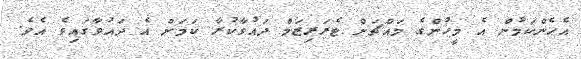
އެހެންކަމުން އެ މީހުންގެ މައްޗަށް ޓެރަރިޒަމް ދައުވާކުރާ ކަމަށް އެ ދައުވާގައިވެ އެވެ.